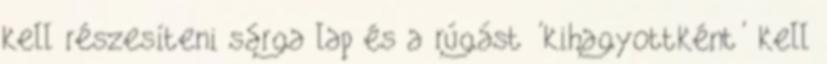
kell részesíteni sárga lap és a rúgást 'kihagyottként' kell